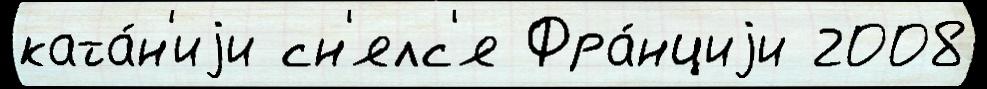
ката́н'иjи сн'ялс'я Фра́нциjи 2008